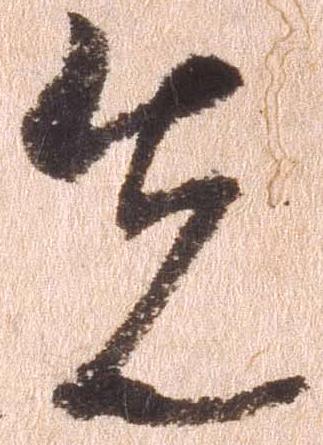
先